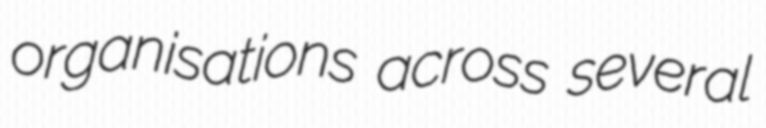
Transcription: organisations across several